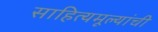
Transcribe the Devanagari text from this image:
साहित्यमूल्यांची